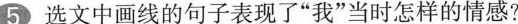
5选文中画线的句子表现了”我”当时怎样的情感?